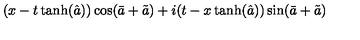
( x - t \tanh ( \hat { a } ) ) \cos ( \bar { a } + \tilde { a } ) + i ( t - x \tanh ( \hat { a } ) ) \sin ( \bar { a } + \tilde { a } )